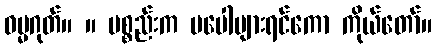
ဓမ္မဂုတ်။ ။ ပစ္စည်းက မပေါများရင်ကော ကိုယ်တော်။